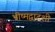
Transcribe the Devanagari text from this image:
भीष्मद्वादशी